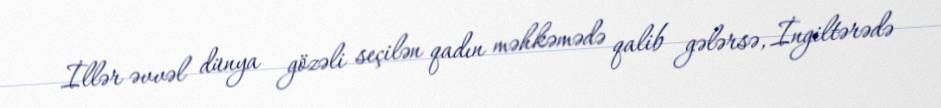
İllər əvvəl dünya gözəli seçilən qadın məhkəmədə qalib gələrsə, İngiltərədə